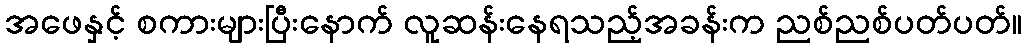
အဖေနှင့် စကားများပြီးနောက် လူဆန်းနေရသည့်အခန်းက ညစ်ညစ်ပတ်ပတ်။